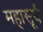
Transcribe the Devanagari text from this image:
महासूर्य